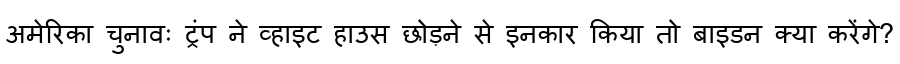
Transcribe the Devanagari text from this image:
अमेरिका चुनावः ट्रंप ने व्हाइट हाउस छोड़ने से इनकार किया तो बाइडन क्या करेंगे?